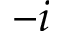
- i